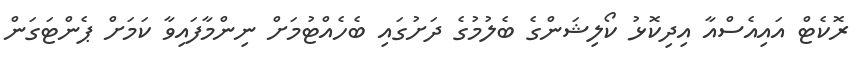
ރޮކެޓް އައިއެސްއާ އިދިކޮޅު ކޯލިޝަންގެ ބެލުމުގެ ދަށުގައި ބެހެއްޓުމަށް ނިންމާފައިވާ ކަމަށް ޕެންޓަގަން